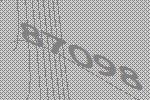
87098